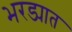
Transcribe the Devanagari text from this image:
भरड्यात